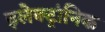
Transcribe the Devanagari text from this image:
इलेक्ट्रांनिक